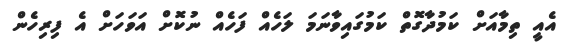
އެއީ ތިމާއަށް ކަމުދާގޮތް ކަމުގައިވާނަމަ ލަހެއް ފަހެއް ނުކޮށް އަަވަަހަށް އެ ފިރިހެން